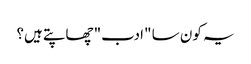
یہ کون سا "ادب" چھاپتے ہیں؟